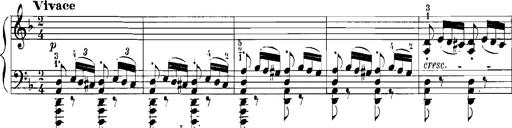
Title: Rhapsodies hongroises
Composer: Franz Liszt